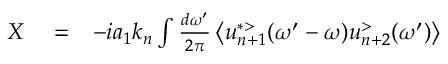
\begin{array} { r l r } { X } & { { } = } & { - i a _ { 1 } k _ { n } \int \frac { d \omega ^ { \prime } } { 2 \pi } \left\langle u _ { n + 1 } ^ { * > } ( \omega ^ { \prime } - \omega ) u _ { n + 2 } ^ { > } ( \omega ^ { \prime } ) \right\rangle } \end{array}